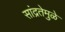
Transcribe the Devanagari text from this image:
सांद्रतेमुळे